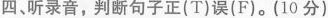
四、听录音，判断句子正(T)误(F)。(10 分)